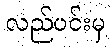
လည်ပင်းမှ